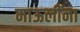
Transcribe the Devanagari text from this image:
माऊलींना